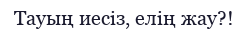
Тауың иесіз, елің жау?!